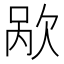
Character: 𬅥